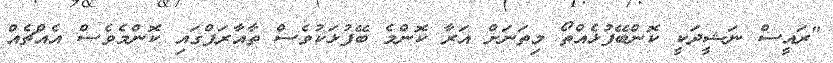
"ރައީސް ނަޝީދަކީ ކޮންބޭފުޅެއްތޯ މިތަނަށް އަރާ ކޮންމެ ބޭފުޅަކުވެސް ތާއާރަފްގައި ކޮންމެވެސް އެއްޗެއް